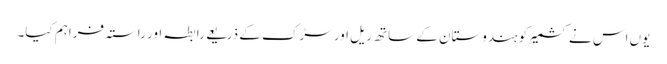
یوں اس نے کشمیر کو ہندوستان کے ساتھ ریل اور سڑک کے ذریعے رابطہ اور راستہ فراہم کیا۔